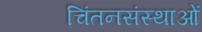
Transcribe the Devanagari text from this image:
चिंतनसंस्थाओं